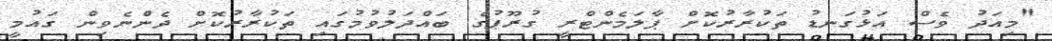
"މިއަދު ވެސް އަޅުގަނޑު ތަކުރާރުކޮށް ޕާލަމެންޓްރީ ގުރޫޕުގެ ބައްދަލުވުމުގައި ތަކުރާރުކޮށް ދެންނެވިން ގައުމީ